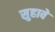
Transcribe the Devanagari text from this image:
सुहावे